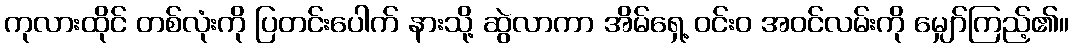
ကုလားထိုင် တစ်လုံးကို ပြတင်းပေါက် နားသို့ ဆွဲလာကာ အိမ်ရှေ့ ဝင်းဝ အဝင်လမ်းကို မျှော်ကြည့်၏။